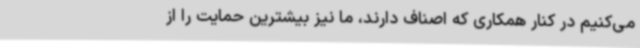
می‌کنیم در کنار همکاری که اصناف دارند، ما نیز بیشترین حمایت را از